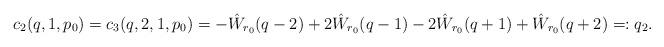
LaTeX: \begin{align*}c_2(q,1,p_0) = c_3(q,2,1,p_0) = -\hat W_{r_0}(q-2) +2\hat W_{r_0}(q-1)-2\hat W_{r_0}(q+1) + \hat W_{r_0}(q+2) =: q_2.\end{align*}